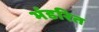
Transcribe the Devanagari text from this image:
भंडरित